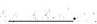
__________________.